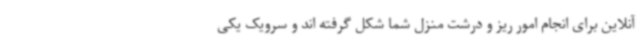
آنلاین برای انجام امور ریز و درشت منزل شما شکل گرفته اند و سرویک یکی